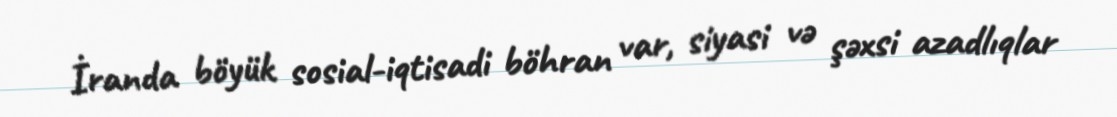
İranda böyük sosial-iqtisadi böhran var, siyasi və şəxsi azadlıqlar